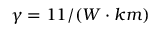
\gamma = 1 1 / ( W \cdot k m )